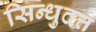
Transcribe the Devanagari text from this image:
सिन्धुदत्त